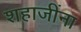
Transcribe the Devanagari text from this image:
शहाजींना